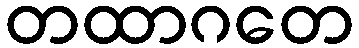
တထာဂတေ